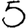
Digit: 5